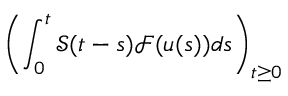
\displaystyle \left( \int _ { 0 } ^ { t } \mathcal { S } ( t - s ) \mathcal { F } ( u ( s ) ) d s \right) _ { t \geq 0 }